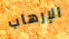
الإرهاب